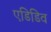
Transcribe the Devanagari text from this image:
एडिडिव